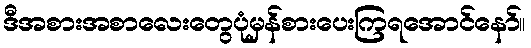
ဒီအစားအစာလေးတွေပုံမှန်စားပေးကြရအောင်နော်။